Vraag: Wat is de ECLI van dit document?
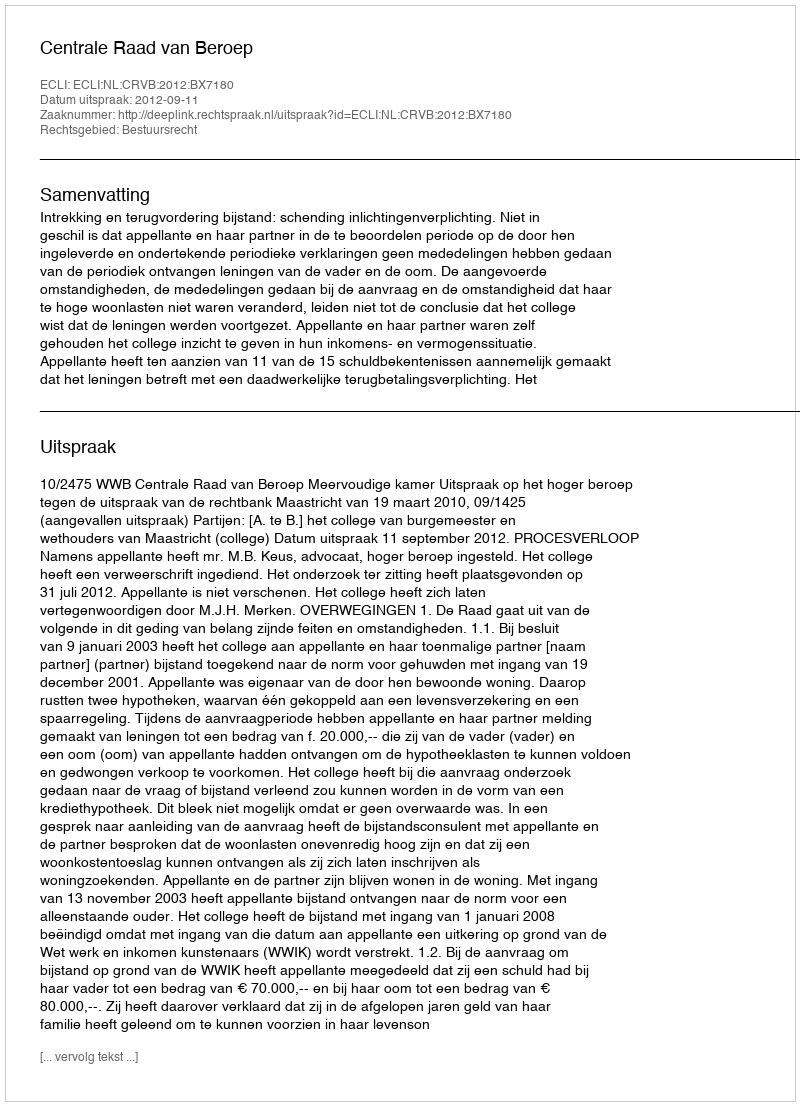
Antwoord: ECLI:NL:CRVB:2012:BX7180